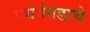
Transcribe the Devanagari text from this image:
गंधर्वगडाचे